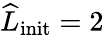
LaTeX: \widehat{L}_{\mathrm{init}}=2